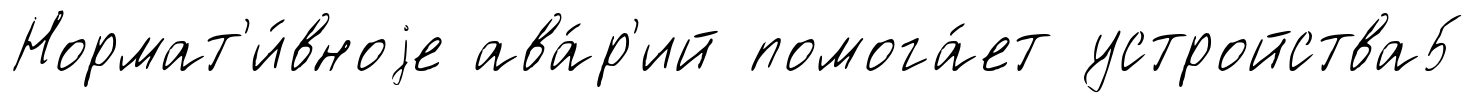
Нормат'и́вноjе ава́р'ий помога́ет устройства5